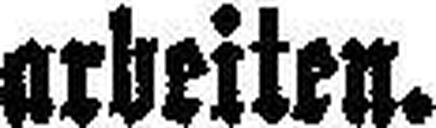
arbeiten.